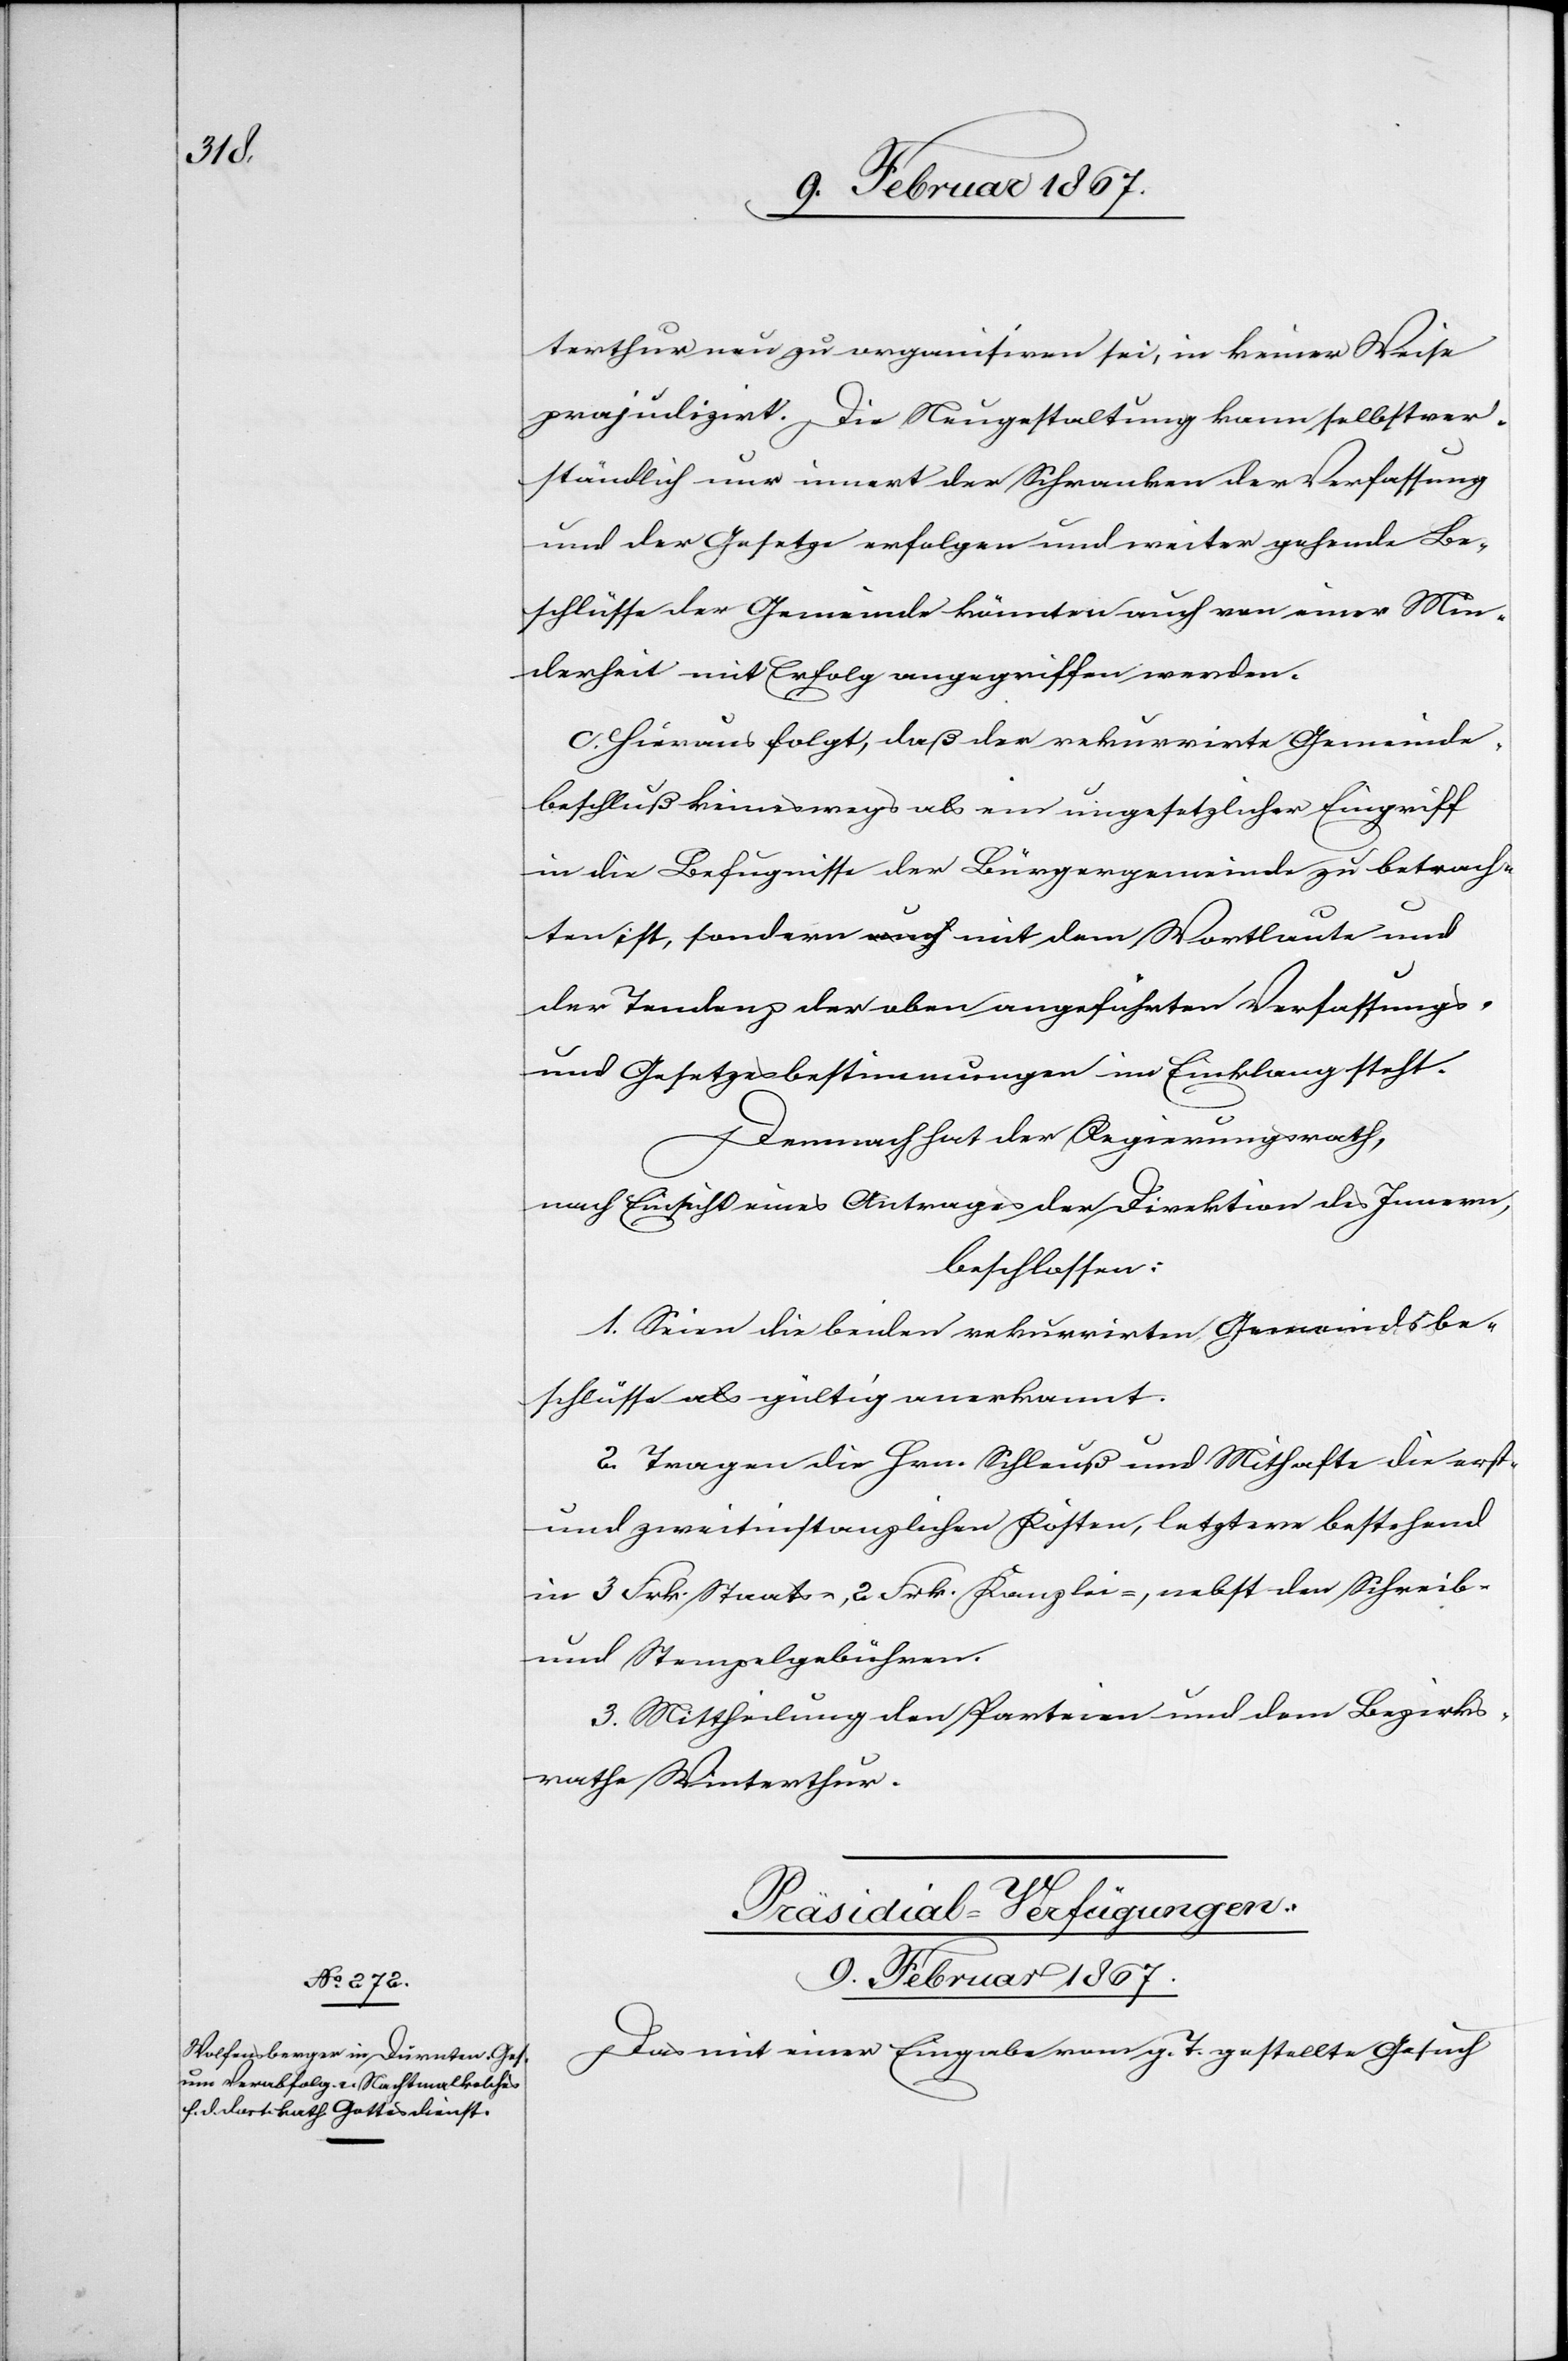
Präsidial-Verfügungen.
9. Februar 1867.
Das mit einer Eingabe vom g. T. gestellte Gesuch